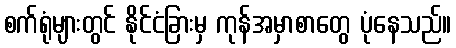
စက်ရုံများတွင် နိုင်ငံခြားမှ ကုန်အမှာစာတွေ ပုံနေသည်။